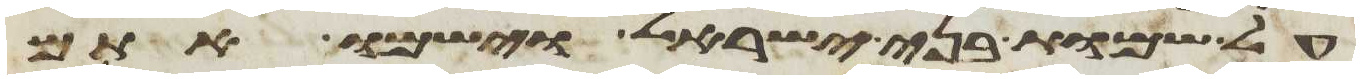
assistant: על שמות בני ישראל וישמו אתם